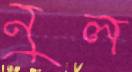
নুল